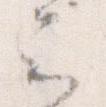
云